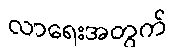
လာရေးအတွက်